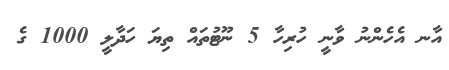
އާނ އެހެންނު ވާނީ ހުރިހާ 5 ނޫޓުތައް ތިޔަ ހަދާލީ 1000 ގެ